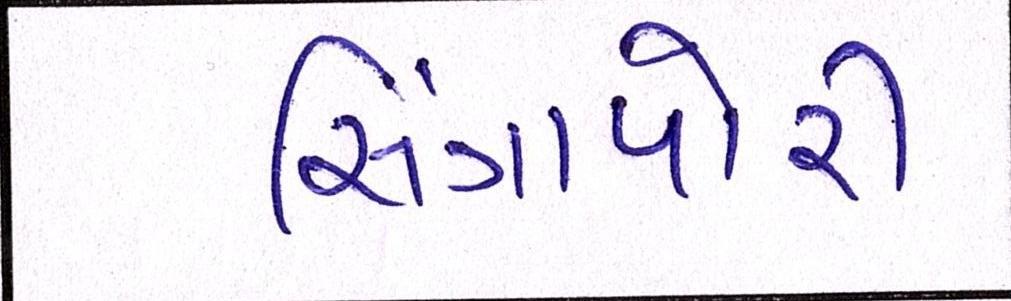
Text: સિંગાપોરી